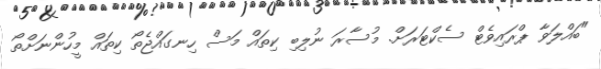
"ބައްލަވާ ޕްރައިވެޓް ސެކްޓަރަށް. މުސާރަ ނުލިބި ކިތައް މަސް ހިނގައްޖެތޯ ކިތައް މީހުންނަށްތޯ